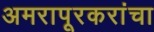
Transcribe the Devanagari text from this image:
अमरापूरकरांचा